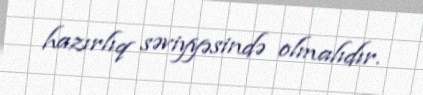
hazırlıq səviyyəsində olmalıdır.